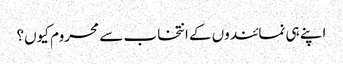
اپنے ہی نمائندوں کے انتخاب سے محروم کیوں؟